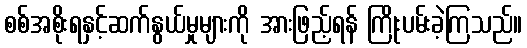
စစ်အစိုးရနှင့်ဆက်နွယ်မှုများကို အားဖြည့်ရန် ကြိုးပမ်းခဲ့ကြသည်။